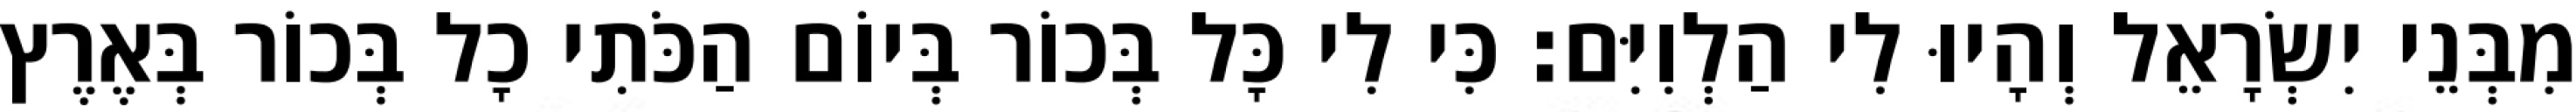
מִבְּנֵי יִשְׂרָאֵל וְהָיוּ לִי הַלְוִיִּם׃ כִּי לִי כָּל בְּכוֹר בְּיוֹם הַכֹּתִי כָל בְּכוֹר בְּאֶרֶץ